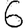
Digit: 6